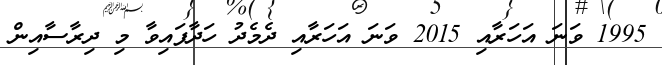
1995 ވަނަ އަހަރާއި 2015 ވަނަ އަހަރާއި ދެމެދު ހަދާފައިވާ މި ދިރާސާއިން